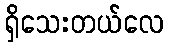
ရှိသေးတယ်လေ